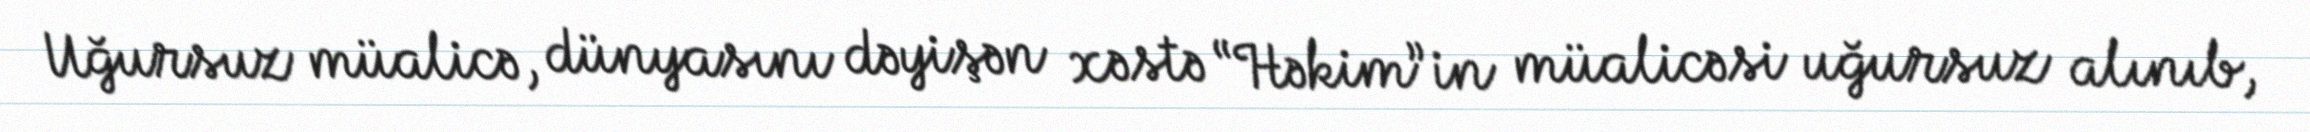
Uğursuz müalicə, dünyasını dəyişən xəstə “Həkim”in müalicəsi uğursuz alınıb,